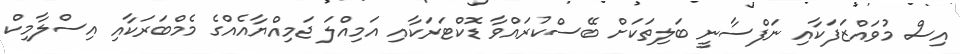
އިސް މުވައްޒަފަކާއި ނަފްސާނީ ބަލިތަކަށް ބޭސްކުރައްވާ ޑޮކްޓަރަކާއި އަމިއްލަ ޖަމިއްޔާއެއްގެ މެމްބަރަކާއި އިސްލާމިކް